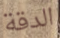
الدقة